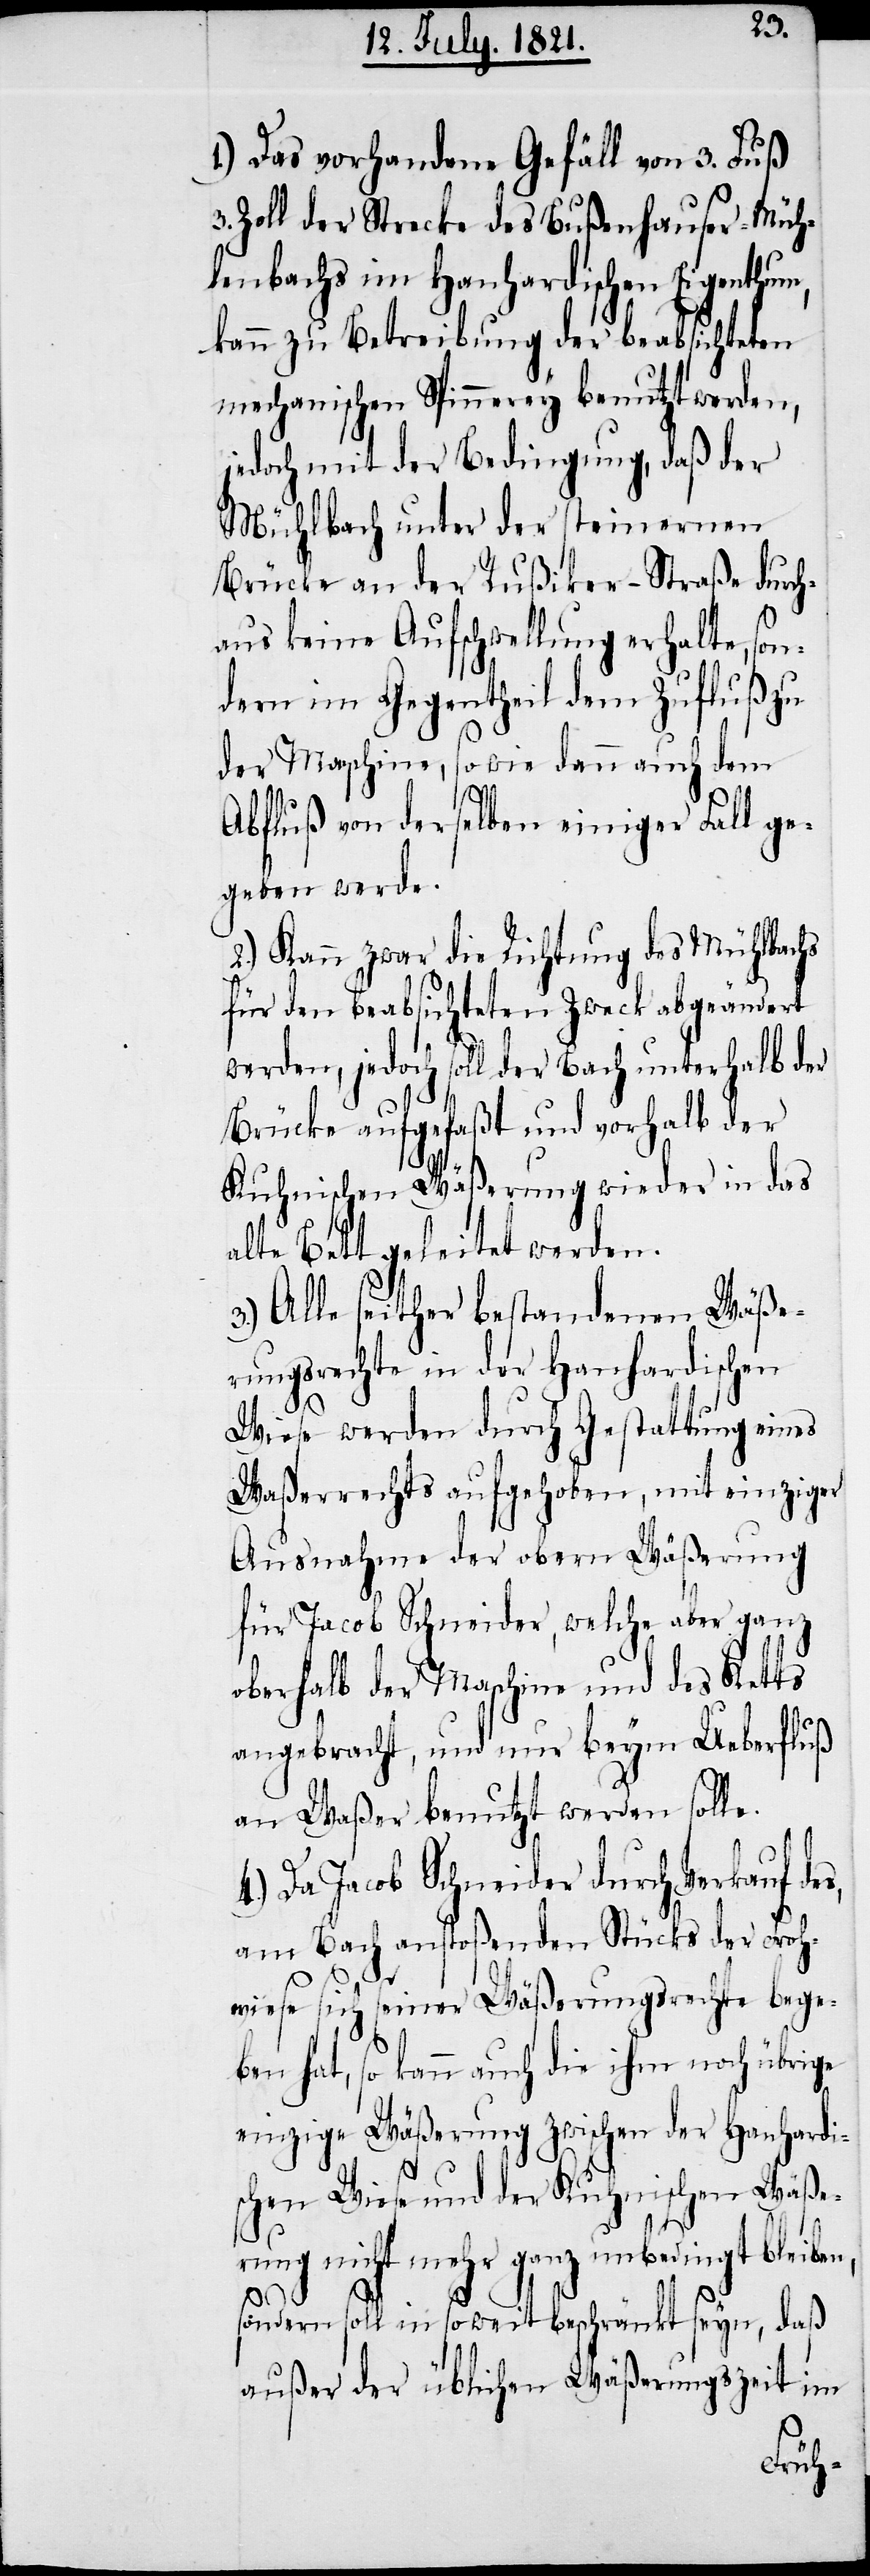
1.) Das vorhandene Gefäll von 3. Fuß
Zoll der Strecke des Bußenhauser-Müh¬
lenbachs im Hanhardischen Eigenthum,
kann zu Betreibung der beabsichtigten
mechanischen Spinnerey benutzt werden,
jedoch mit der Bedingung, daß der
Mühlebach unter der steinernen
Brücke an der Rüßiker-Straße durch¬
aus keine Aufschwellung erhalte, son¬
dern im Gegentheil dem Zufluß zu
der Maschine, so wie dann auch dem
Abfluß von derselben einiger Fall ge¬
geben werde.
2.) Kann zwar die Richtung des Mühlebachs
für den beabsichtigten Zweck abgeändert
werden, jedoch soll der Bach unterhalb der
Brücke aufgefaßt und vorhalb der
Kuhnischen Wäßerung wieder in das
alte Bett geleitet werden.
3.) Alle seither bestandenen Wäße¬
rungsrechte in der Hanhardischen
Wiese werden durch Gestattung eines
Waßerrechts aufgehoben, mit einziger
Ausnahme der obern Wäßerung
für Jacob Schneider, welche aber ganz
oberhalb der Maschine und des Ketts
angebracht, und nur beym Ueberfluß
an Waßer benutzt werden solle.
4.) Da Jacob Schneider durch Verkauf des,
am Bach anstoßenden Stücks der Froh¬
wiese sich seiner Wäßerungsrechte bege¬
hat, so kann auch die ihm noch übrige
einzige Wäßerung zwischen der Hanhardi¬
s¬
chen Wiese und der Kuhnischen Wäße¬
rung nicht mehr ganz unbedingt bleiben,
ben
sondern soll in so weit beschränkt seyn, daß
außer der üblichen Wäßerungszeit im